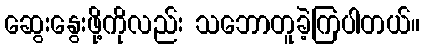
ဆွေးနွေးဖို့ကိုလည်း သဘောတူခဲ့ကြပါတယ်။